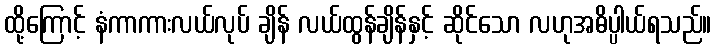
ထို့ကြောင့် နံကာကားလယ်လုပ် ချိန် လယ်ထွန်ချိန်နှင့် ဆိုင်သော လဟုအဓိပ္ပါယ်ရသည်။